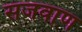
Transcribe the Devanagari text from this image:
सजवाण